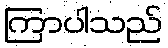
ကြာပါသည်